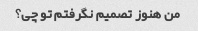
من هنوز تصمیم نگرفتم تو چی؟